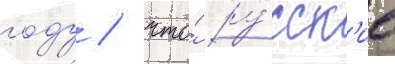
году / что́ ру́сск'ие